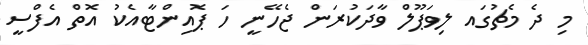
މި ދެ މެޗުގައ ލިވަޕޫލް ވާދަކުރަން ޖެހޭނީ ހަ ޕޮއިންޓާއެކު އޮތް އެފްސީ